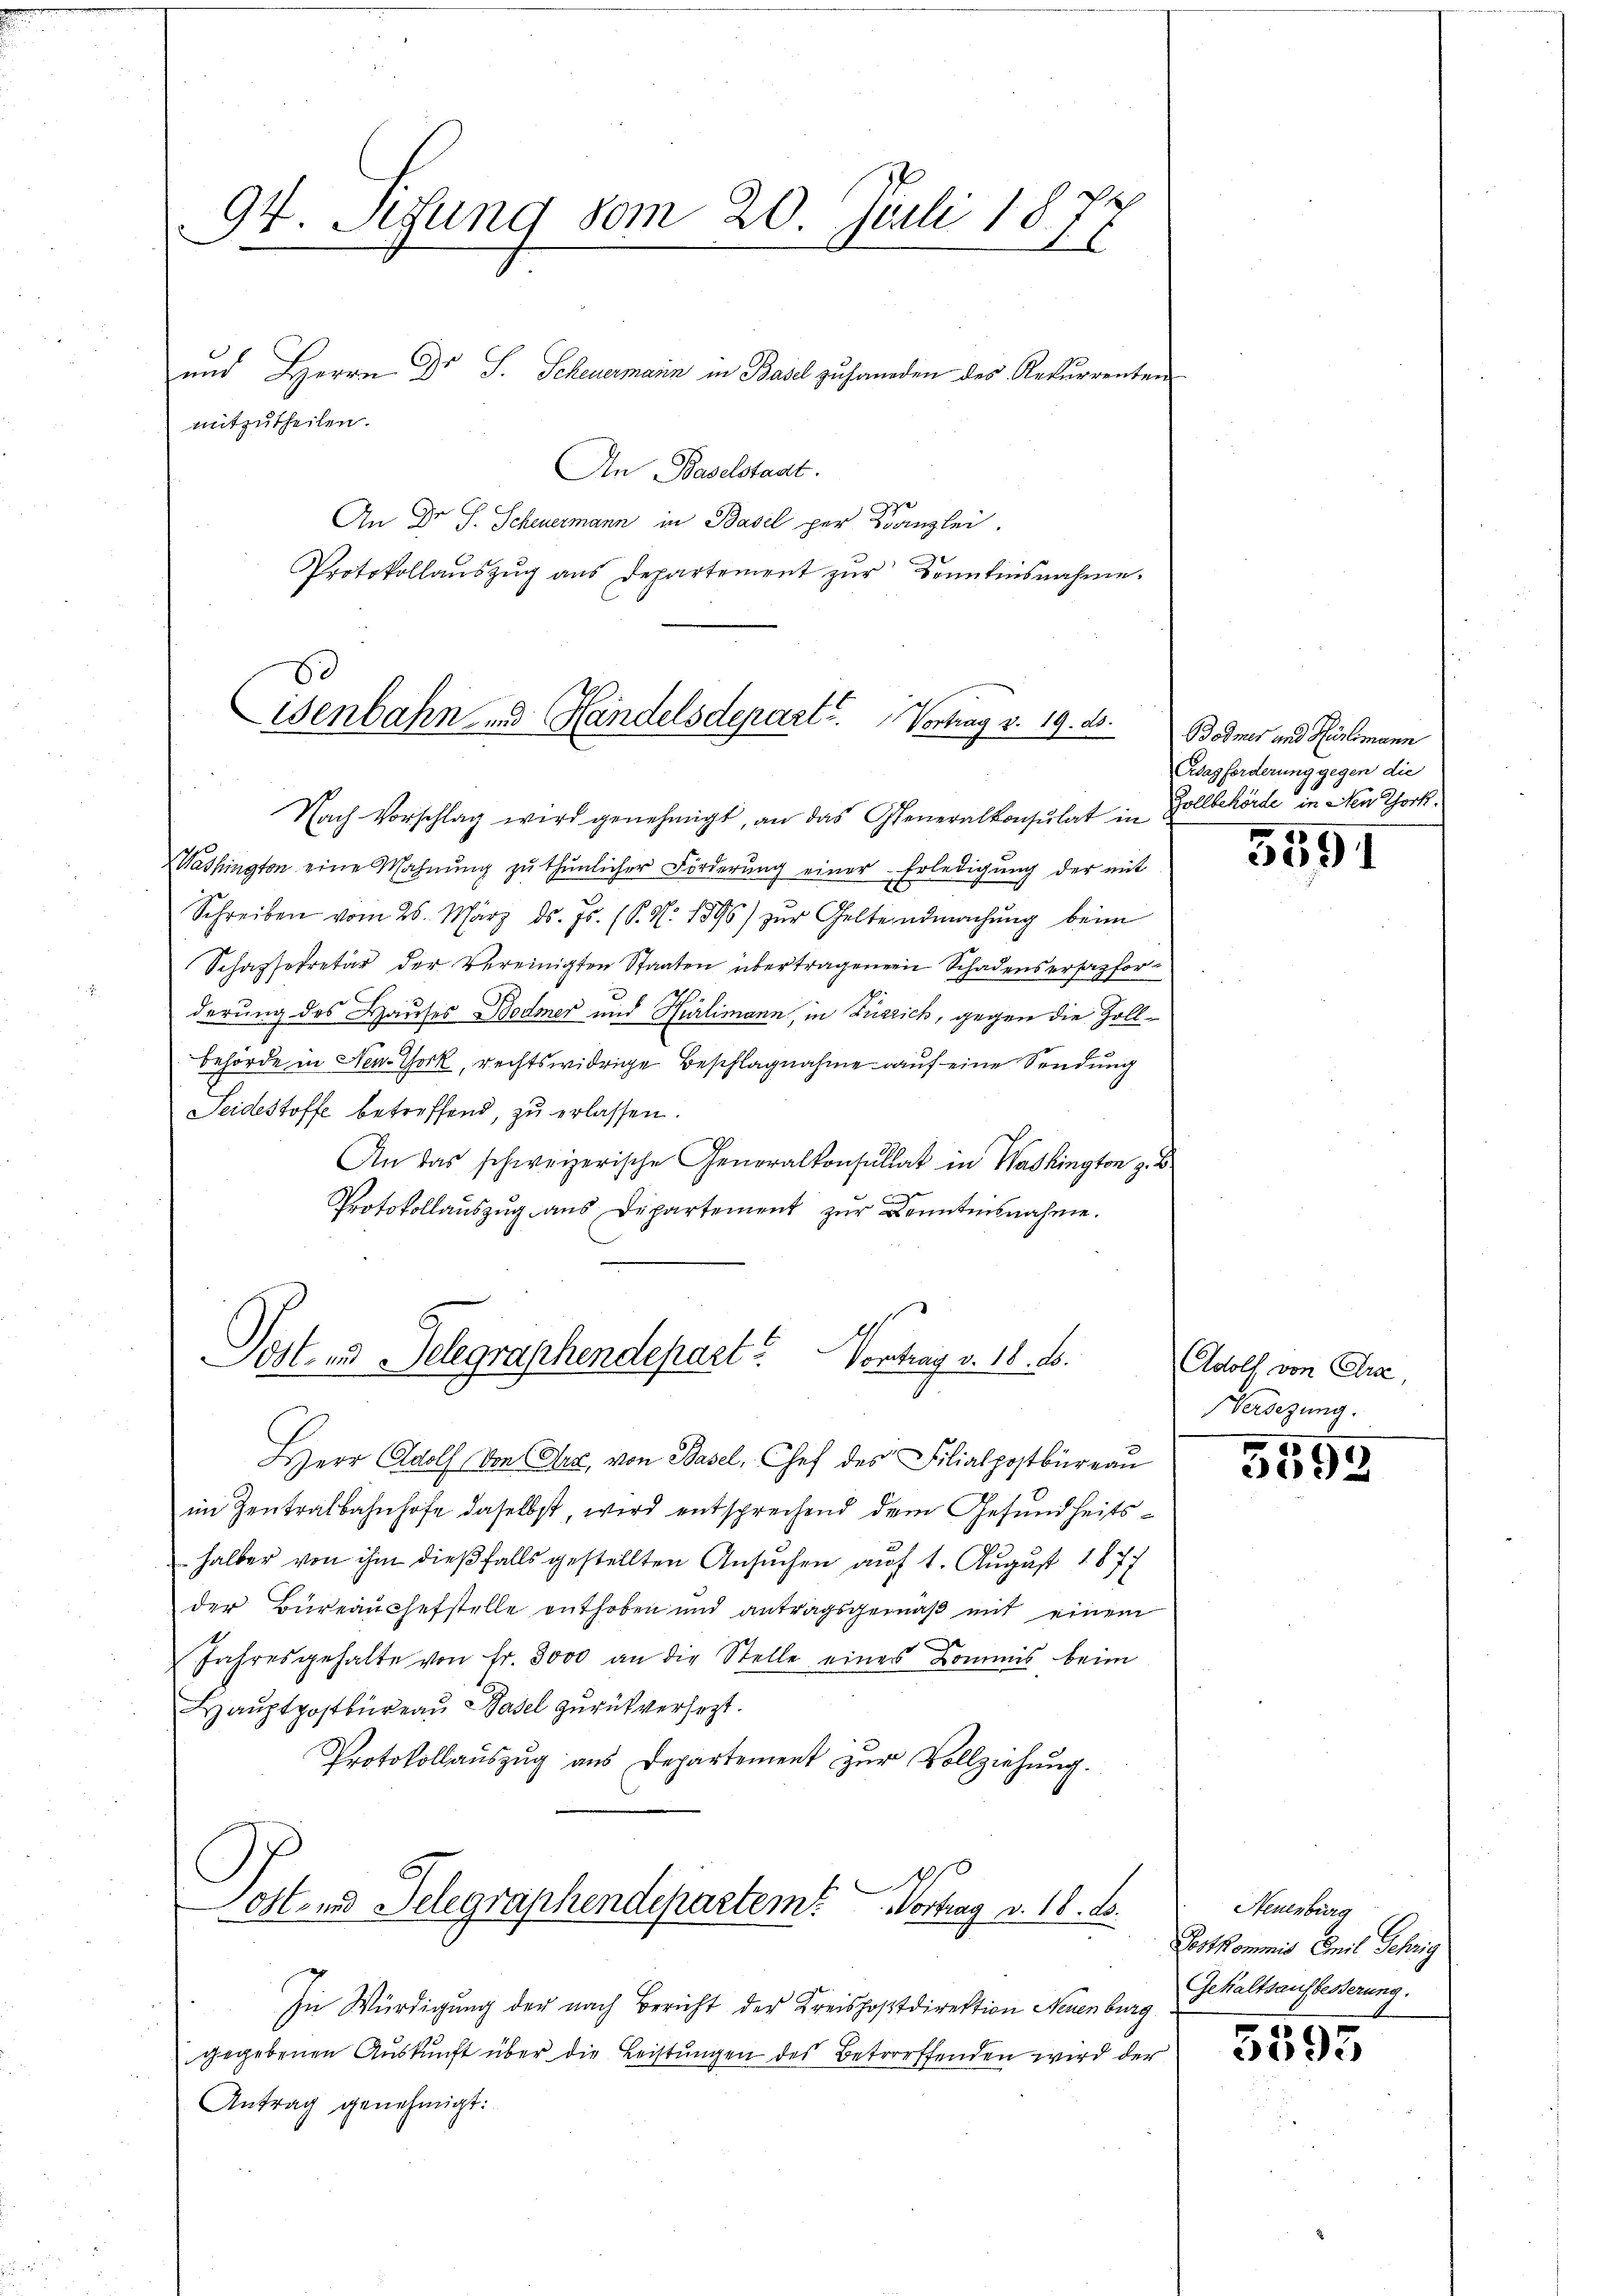
94. Setzung vom 20. Juli 1871

und Herrn Dr. S. Scheuermann in Basel zu handen des Rekurrenten
An Baselstadt.
An Dr J. Scheuermann in Basel per Kanzlei.
Protokollaŭszŭg ans Departement zŭr Kenntnisnahme.

mitzutheilen.

isenbahn und Handelsdepart. Vortrag v. 19. ds.

Nach Vorschlag wird genehmigt, an das Generalkonsulat in Zollbehörde in Nen Thork

Post- und Telegraphendepart. Vortrag v. 18. d.

HHerr Adolf Von Arx, von Basel, Chef des Filialpostbüreau

Washington eine Wahnŭng zŭ thŭnlicher Förderŭng einer Erledigŭng der mit
Schreiben vom 25. März d. Js. (S. S. 1896) zŭr Geltendmachŭng beim
Schassekretär der vereinigten Staaten übertragenen Schadensersagfor¬
26.
derung des Hauses Bodmer und Hürlimann, in Zürich, gegen die Zollbehörde in New York, rechtswidrige Beschlagnahme auf eine Sendung
Seidestoffe betreffend, zu erlassen.
An das schweizerische Generalkonsultat in Washington z. B.
Protokollaŭszŭg ans Departement zŭr Kenntnisnahme.

im Zentralbahnhofe daselbst, wird entsprechend dem Gesundheitshalber von ihm dießfalls gestellten Ansuchen auf 1. August 1877
der Büreauchefstelle enthoben und antragsgemäß mit einem
e
Jahresgehalte von Fr. 3000 an die Stelle eines Kommis beim
Hauptpostbüreau Basel zurückversezt.
Protokollauszug aus Departement zur Vollziehung.

d
Ost- und Telegraphendepartem Vortrag v. 18. ds.

In Würdigung der nach Bericht der Kreispostdirektion Neuenburg
gegebenen Auskunft über die Leistungen des Betroffenden wird der
Antrag genehmigt:

Bodmer und Hürlimann
Cagforderung gegen die

3591

Adolf von Crae,
Versezung.

3555

Neuenburg
Festkommis Emil Gehrig
Gehaltsaufbesserung.

5595